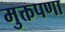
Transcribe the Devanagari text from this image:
मुक्तपणा